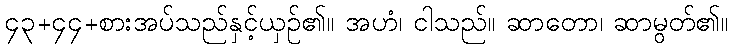
၄၃+၄၄+စားအပ်သည်နှင့်ယှဉ်၏။ အဟံ၊ ငါသည်။ ဆာတော၊ ဆာမွတ်၏။